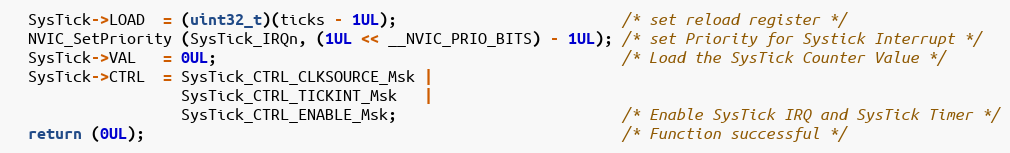
Language: C
  SysTick->LOAD  = (uint32_t)(ticks - 1UL);                         /* set reload register */
  NVIC_SetPriority (SysTick_IRQn, (1UL << __NVIC_PRIO_BITS) - 1UL); /* set Priority for Systick Interrupt */
  SysTick->VAL   = 0UL;                                             /* Load the SysTick Counter Value */
  SysTick->CTRL  = SysTick_CTRL_CLKSOURCE_Msk |
                   SysTick_CTRL_TICKINT_Msk   |
                   SysTick_CTRL_ENABLE_Msk;                         /* Enable SysTick IRQ and SysTick Timer */
  return (0UL);                                                     /* Function successful */